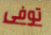
توفى